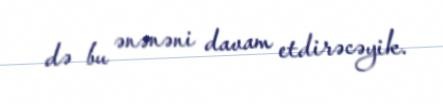
də bu ənənəni davam etdirəcəyik.